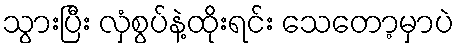
သွားပြီး လှံစွပ်နဲ့ထိုးရင်း သေတော့မှာပဲ